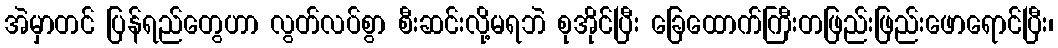
အဲမှာတင် ပြန်ရည်တွေဟာ လွတ်လပ်စွာ စီးဆင်းလို့မရဘဲ စုအိုင်ပြီး ခြေထောက်ကြီးတဖြည်းဖြည်းဖောရောင်ပြီး၊